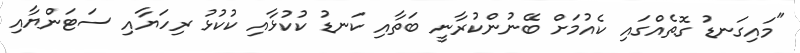
"މައިގަނޑު ގޮތެއްގައި ކެއުމަށް ބޭނުންކުރާނީ ބަތާއި ކަނޑު ކުކުޅާއި ކުކުޅު ރިހަޔާއި ސަޓަންޔާއި